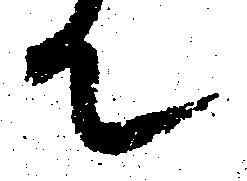
て